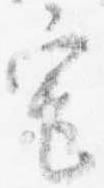
宅